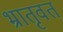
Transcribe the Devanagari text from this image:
भ्रातृवत